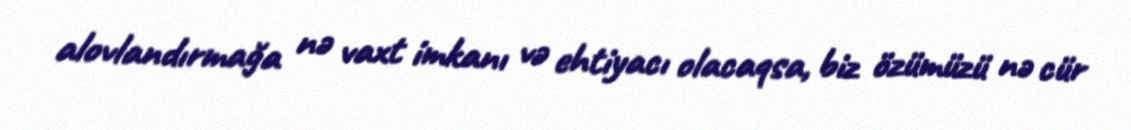
alovlandırmağa nə vaxt imkanı və ehtiyacı olacaqsa, biz özümüzü nə cür